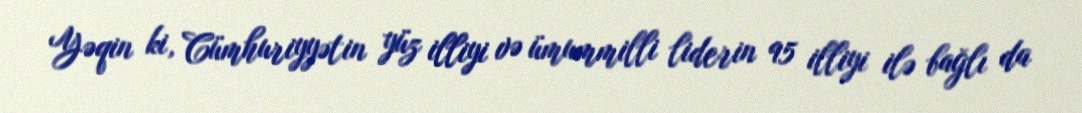
Yəqin ki, Cümhuriyyətin yüz illiyi və ümummilli liderin 95 illiyi ilə bağlı da